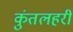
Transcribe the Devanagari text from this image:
कुंतलहरी